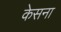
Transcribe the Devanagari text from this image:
केसना